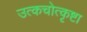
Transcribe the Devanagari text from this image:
उत्कचोत्कृष्टा